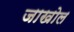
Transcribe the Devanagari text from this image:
जाखोल